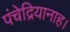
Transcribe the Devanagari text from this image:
पंचेद्रियानाह।